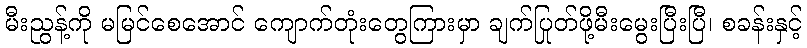
မီးညွန့်ကို မမြင်စေအောင် ကျောက်တုံးတွေကြားမှာ ချက်ပြုတ်ဖို့မီးမွေးပြီးပြီ၊ စခန်းနှင့်